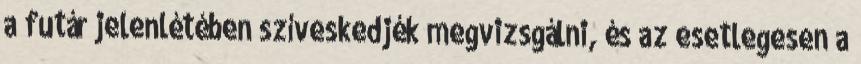
a futár jelenlétében szíveskedjék megvizsgálni, és az esetlegesen a